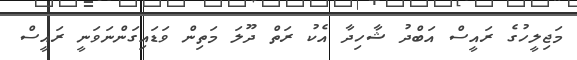
މަޖިލީހުގެ ރައީސް އަބްދު ޝާހިދާ އެކު ރަތް ދޫލަ މަތިން ވަޑައިގަންނަވަނީ ރައީސް